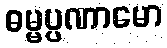
ဓမ္မပ္ပဏာမော